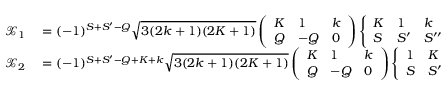
\begin{array} { r l } { \mathcal { X } _ { 1 } } & { { } = ( - 1 ) ^ { S + S ^ { \prime } - Q } \sqrt { 3 ( 2 k + 1 ) ( 2 K + 1 ) } \left( \begin{array} { l l l } { K } & { 1 } & { k } \\ { Q } & { - Q } & { 0 } \end{array} \right) \left\{ \begin{array} { l l l } { K } & { 1 } & { k } \\ { S } & { S ^ { \prime } } & { S ^ { \prime \prime } } \end{array} \right\} } \\ { \mathcal { X } _ { 2 } } & { { } = ( - 1 ) ^ { S + S ^ { \prime } - Q + K + k } \sqrt { 3 ( 2 k + 1 ) ( 2 K + 1 ) } \left( \begin{array} { l l l } { K } & { 1 } & { k } \\ { Q } & { - Q } & { 0 } \end{array} \right) \left\{ \begin{array} { l l l } { 1 } & { K } & { k } \\ { S } & { S ^ { \prime } } & { S ^ { \prime \prime } } \end{array} \right\} \, . } \end{array}